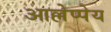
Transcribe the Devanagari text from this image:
आल्लेप्पेय